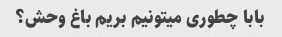
بابا چطوری میتونیم بریم باغ وحش؟